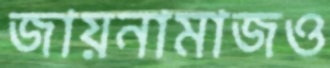
জায়নামাজও